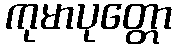
ကုမာပုတ္တော